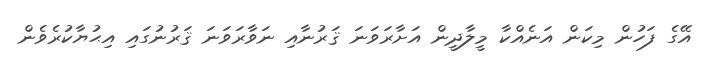
އޭގެ ފަހުން މިކަން އަނެއްކާ މީލާދީން އަށާރަވަނަ ޤަރުނާއި ނަވާރަވަނަ ޤަރުނުގައި އިޙުޔާކުރެވެން